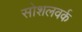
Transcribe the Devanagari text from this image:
सोशलवर्क